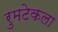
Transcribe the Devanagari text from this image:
रुमटेकला